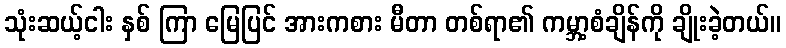
သုံးဆယ့်ငါး နှစ် ကြာ မြေပြင် အားကစား မီတာ တစ်ရာ၏ ကမ္ဘာ့စံချိန်ကို ချိုးခဲ့တယ်။